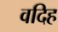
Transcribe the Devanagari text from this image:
वदिह